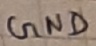
Text: GND